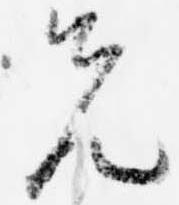
先